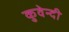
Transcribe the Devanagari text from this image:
कुवेन्दी